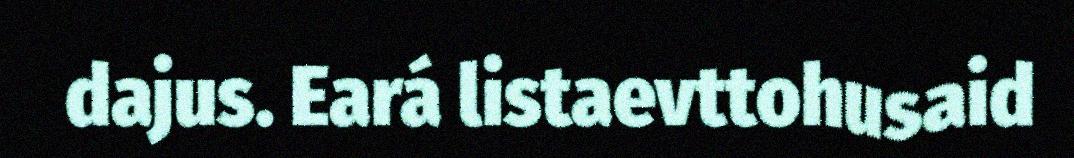
dajus. Eará listaevttohusaid